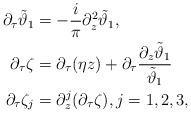
LaTeX: \begin{align*} \begin{aligned} \partial_\tau\tilde\vartheta_1 &= -\frac{i}\pi \partial_z^2\tilde\vartheta_1, \\ \partial_\tau\zeta &= \partial_\tau(\eta z)+\partial_\tau \frac{\partial_z\tilde\vartheta_1}{\tilde\vartheta_1} \\ \partial_\tau\zeta_j &= \partial_z^j(\partial_\tau\zeta), j=1,2,3, \end{aligned}\end{align*}